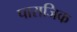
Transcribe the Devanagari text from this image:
पाराजिक